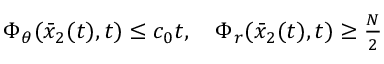
\begin{array} { r } { \Phi _ { \theta } ( \bar { x } _ { 2 } ( t ) , t ) \le c _ { 0 } t , \quad \Phi _ { r } ( \bar { x } _ { 2 } ( t ) , t ) \ge \frac { N } { 2 } } \end{array}